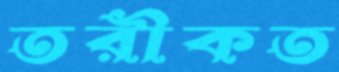
তরীকত